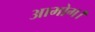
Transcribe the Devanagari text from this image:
आभोग।